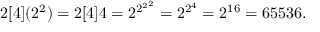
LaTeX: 2 [ 4 ] ( 2 ^ { 2 } ) = 2 [ 4 ] 4 = 2 ^ { 2 ^ { 2 ^ { 2 } } } = 2 ^ { 2 ^ { 4 } } = 2 ^ { 1 6 } = 6 5 5 3 6 .